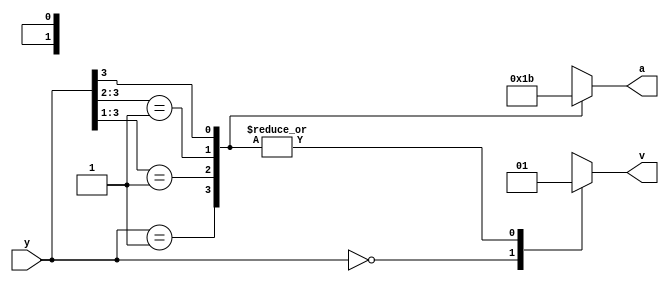
module pror(input [3:0]y,output reg [1:0]a,output reg v);
always @(y)begin
casex(y)
4'b0000:begin
a=2'bxx;v=1'b0;
end
4'b0001:begin
a=2'b00;v=1'b1;
end
4'b001x:begin
a=2'b01;v=1'b1;
end
4'b01xx:begin
a=2'b10;v=1'b1;
end
4'b1xxx:begin
a=2'b11;v=1'b1;
end
endcase
end
endmodule


module tbx;
 reg [3:0]y;
 wire [1:0] a;
 wire v;
 pror pr(y,a,v);
 initial begin
 repeat(10)begin
 y=$random;
 #10;
 end
 end
 initial
 $monitor($time ," y=%b,a=%b,v=%b",y,a,v);
endmodule